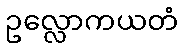
ဥလ္လောကယတံ